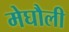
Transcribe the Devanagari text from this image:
मेघौली